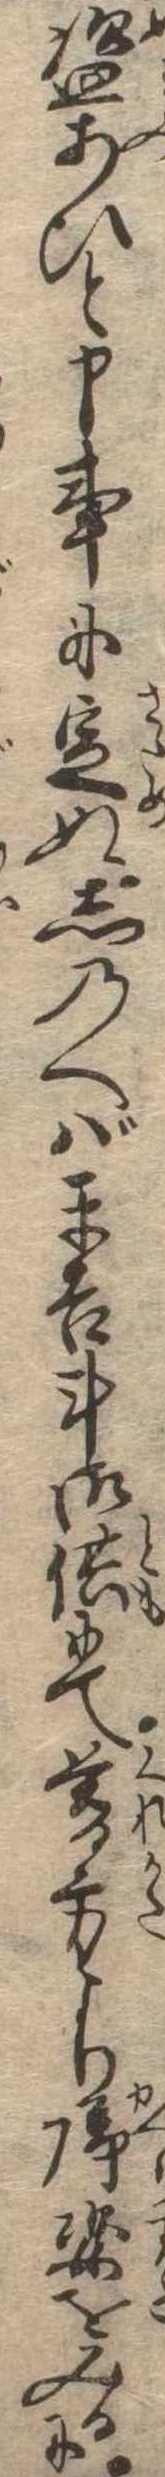
盗あひと申事に定ぬしのへば平吉斗御供にて暮方より帰姿をみるに